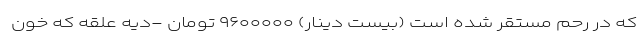
که در رحم مستقر شده است (بیست دینار) ۹۶۰۰۰۰۰ تومان -دیه علقه که خون